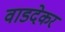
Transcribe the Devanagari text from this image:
वाडदेकर